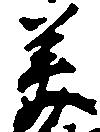
美